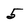
Character: 5